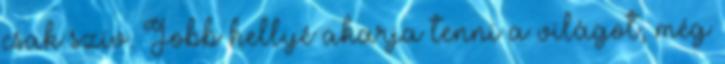
csak szív. Jobb hellyé akarja tenni a világot, még